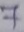
7